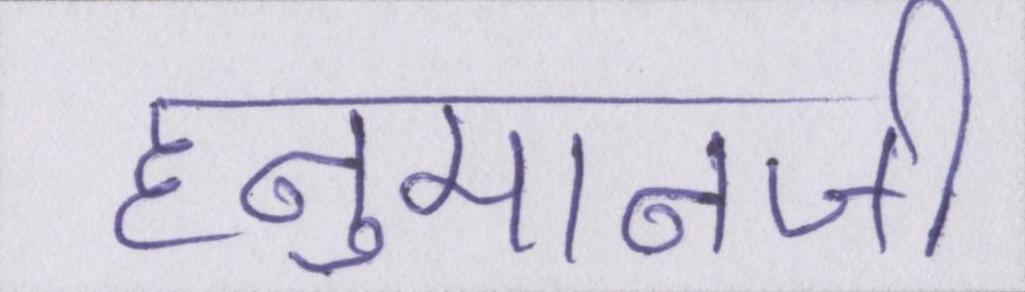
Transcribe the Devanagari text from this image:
हनुमानजी